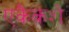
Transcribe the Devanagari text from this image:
एकैकशे